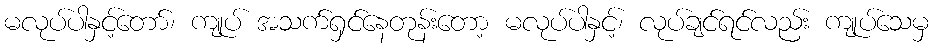
မလုပ်ပါနှင့်တော်၊ ကျုပ် အသက်ရှင်နေတုန်းတော့ မလုပ်ပါနှင့်၊ လုပ်ချင်ရင်လည်း ကျုပ်သေမှ